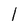
Character: l